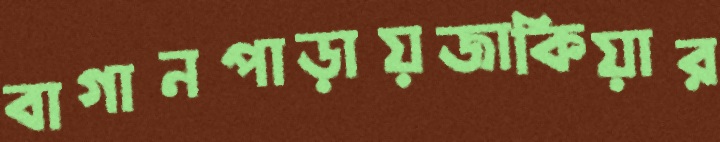
বাগানপাড়ায়জাকিয়ার